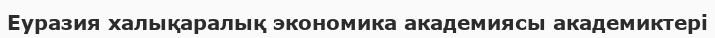
Еуразия халықаралық экономика академиясы академиктері